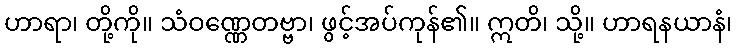
ဟာရာ၊ တို့ကို။ သံဝဏ္ဏေတဗ္ဗာ၊ ဖွင့်အပ်ကုန်၏။ ဣတိ၊ သို့။ ဟာရနယာနံ၊